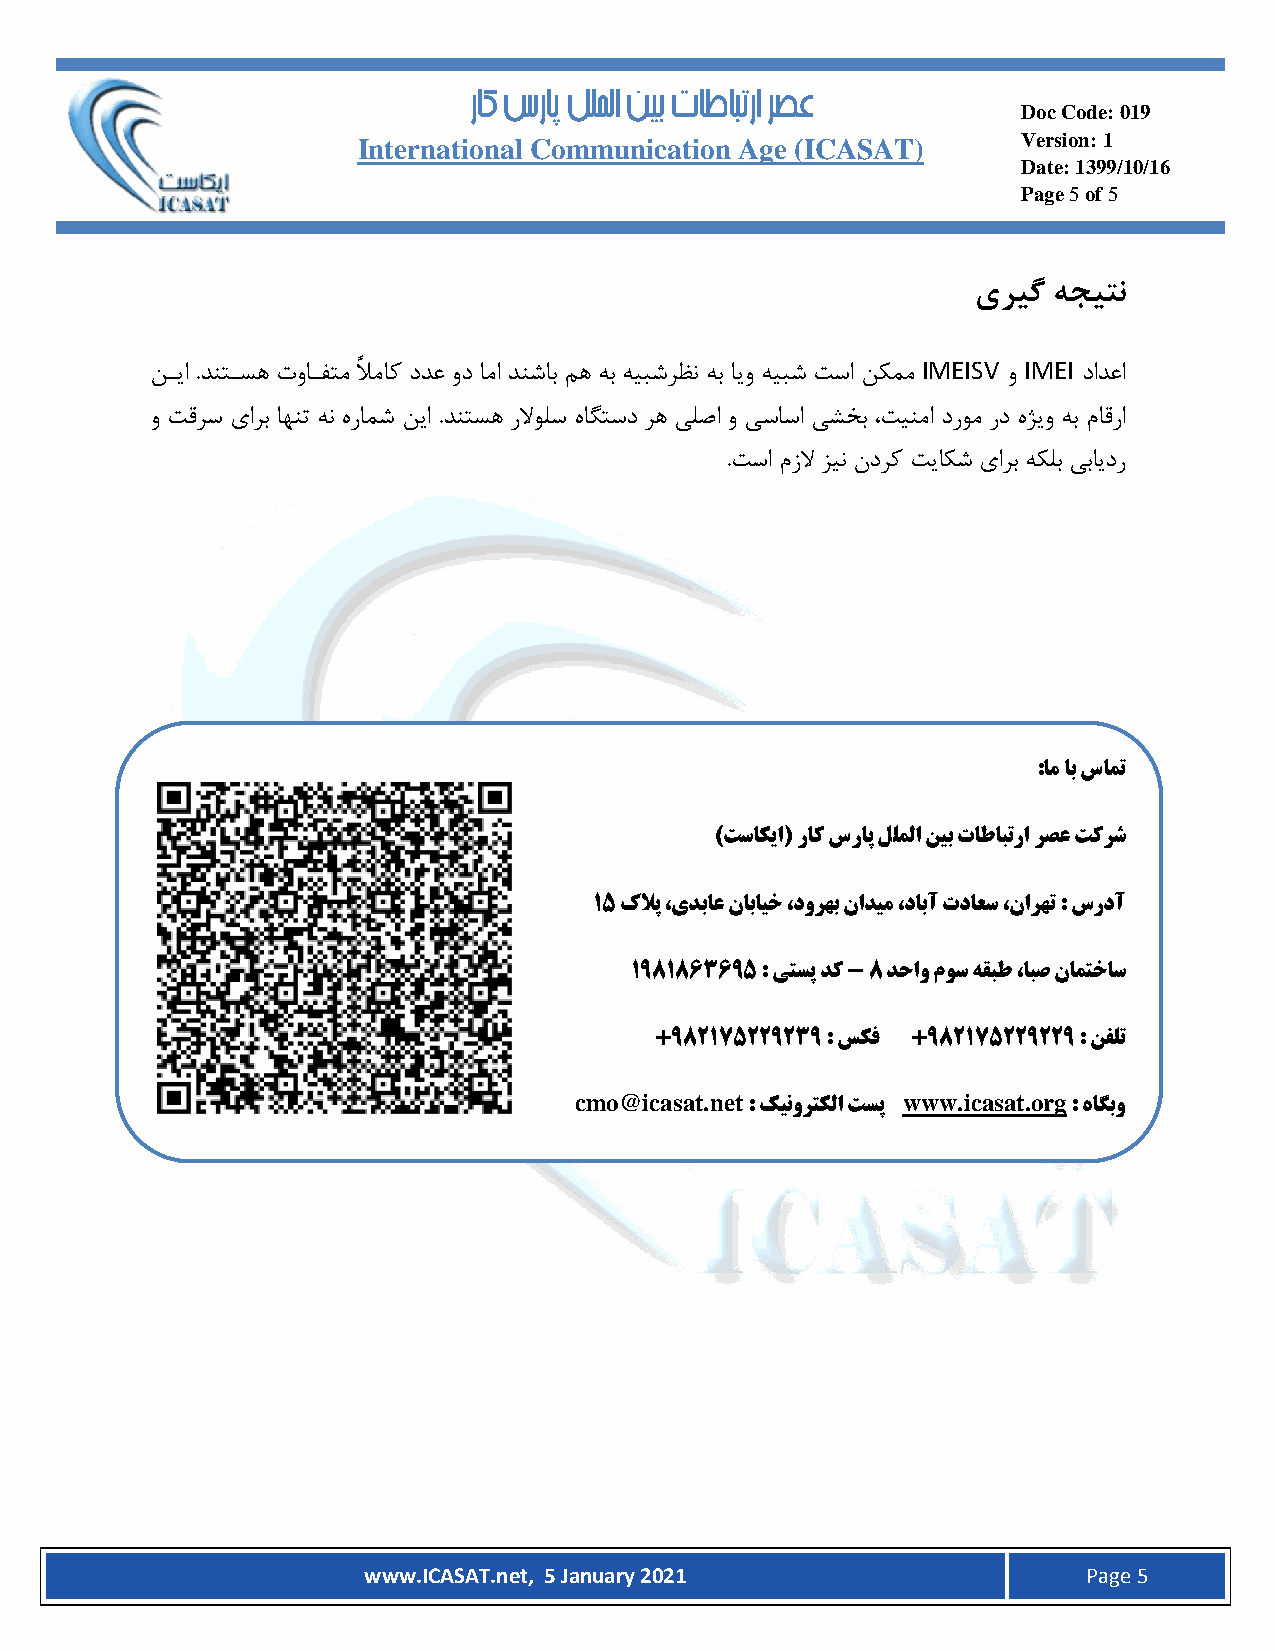
ر ا ک س ر ا پ ل ل م ل ا ن ی ب ت ا ط ا ب ت ر ا ر ص ع
 Doc Code: 019
 International Communication Age (ICASAT)    Version: 1
 Date: 1399/10/16
 Page 5 of 5
 یری گ هجیتن
 نایا .دنتاسه واافتم ًلاماک ددع ود اما دنشاب مه هب هیبشرظن هب ایو هیبش تسا نکمم IMEISV و IMEI دادعا
 و تقرس یارب اهنت هن هرامش نیا .دنتسه رلاولس هاگتسد ره یلصا و یساسا یشخب ،تینما دروم رد هژیو هب ماقرا
 .تسا مزلا زین ندرک تیاکش یارب هکلب یبایدر
 :ام اب سامت
 )تساکیا( راک سراپ للملا نیب تاطابترا رصع تکرش
 15 کلاپ ،یدباع نابایخ ،دورهب نادیم ،دابآ تداعس ،نارهت : سردآ
 1981863695 : یتسپ دک - 8 دحاو موس هقبط ،ابص نامتخاس
 +982175229239 : سکف +982175229229 : نفلت
 cmo@icasat.net        www.icasat.org
 : کینورتکلا تسپ       : هاگبو
 www.ICASAT.net, 5 January 2021                  Page 5